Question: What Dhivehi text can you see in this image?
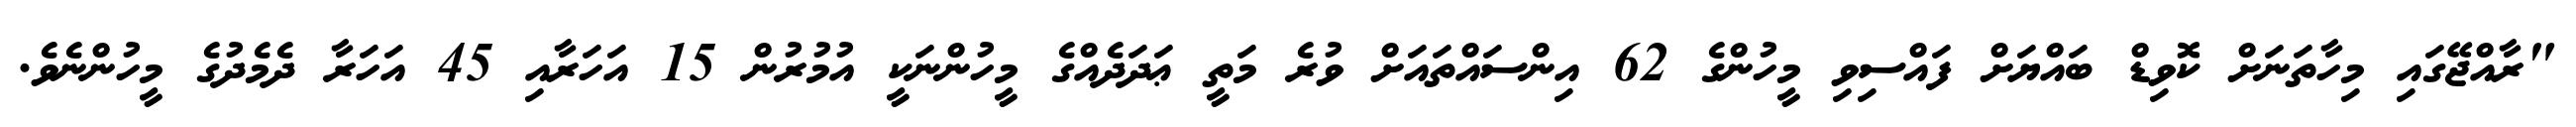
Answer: "ރާއްޖޭގައި މިހާތަނަށް ކޮވިޑް ބައްޔަށް ފައްސިވި މީހުންގެ 62 އިންސައްތައަށް ވުރެ މަތީ ޢަދަދެއްގެ މީހުންނަކީ އުމުރުން 15 އަހަރާއި 45 އަހަރާ ދެމެދުގެ މީހުންނެވެ.